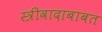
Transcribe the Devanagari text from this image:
स्त्रीवादाबाबत